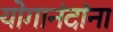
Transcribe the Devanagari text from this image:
योगानंदांना